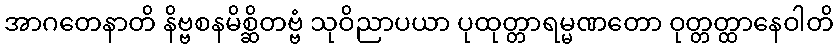
အာဂတေနာတိ နိဗ္ဗစနမိစ္ဆိတဗ္ဗံ သုဝိညာပယာ ပုထုတ္တာရမ္မဏတော ဝုတ္တတ္ထာနေဝါတိ